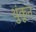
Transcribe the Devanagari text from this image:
थुंकून